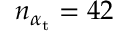
n _ { \alpha _ { \mathrm { { t } } } } = 4 2